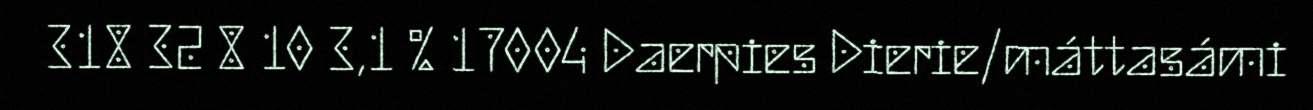
318 32 8 10 3,1 % 17004 Daerpies Dierie/máttasámi